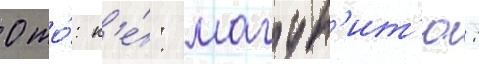
0 то́: к'е́: магун'ит'ю: